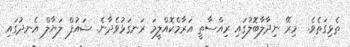
ތެޅިގަތެވެ.  މިރޭ ނިދާލާބޮލުގައި ރިއްސާތީ އަރާމްކޮއްލީމަ ރަނގަޅުވެދާނެ. ޝައުފް ލަޔާލް އެނދުގައި